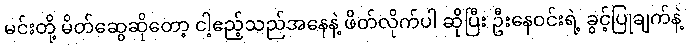
မင်းတို့ မိတ်ဆွေဆိုတော့ ငါ့ဧည့်သည်အနေနဲ့ ဖိတ်လိုက်ပါ ဆိုပြီး ဦးနေဝင်းရဲ့ ခွင့်ပြုချက်နဲ့